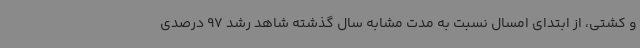
و کشتی، از ابتدای امسال نسبت به مدت مشابه سال گذشته شاهد رشد 97 درصدی